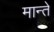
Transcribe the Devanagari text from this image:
मान्ते